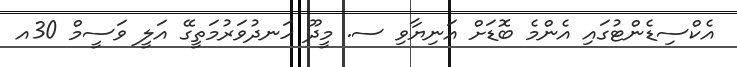
އެކްސިޑެންޓުގައި އެންމެ ބޮޑަށް އަނިޔާވި ސ. މީދޫ ހަނދުވަރުމަތީގޭ އަލީ ވަސީމް 30އ